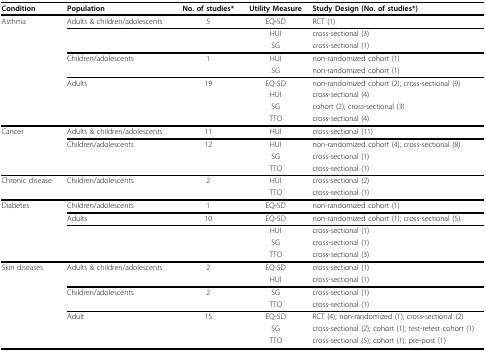
<table><thead><tr><td><b>Condition</b></td><td><b>Population</b></td><td><b>No. of studies*</b></td><td><b>Utility Measure</b></td><td><b>Study Design (No. of studies*)</b></td></tr></thead><tbody><tr><td>Asthma</td><td>Adults &amp; children/adolescents</td><td>5</td><td>EQ-5D</td><td>RCT (1)</td></tr><tr><td></td><td></td><td></td><td>HUI</td><td>cross-sectional (3)</td></tr><tr><td></td><td></td><td></td><td>SG</td><td>cross-sectional (1)</td></tr><tr><td></td><td>Children/adolescents</td><td>1</td><td>HUI</td><td>non-randomized cohort (1)</td></tr><tr><td></td><td></td><td></td><td>SG</td><td>non-randomized cohort (1)</td></tr><tr><td></td><td>Adults</td><td>19</td><td>EQ-5D</td><td>non-randomized cohort (2); cross-sectional (9)</td></tr><tr><td></td><td></td><td></td><td>HUI</td><td>cross-sectional (4)</td></tr><tr><td></td><td></td><td></td><td>SG</td><td>cohort (2); cross-sectional (3)</td></tr><tr><td></td><td></td><td></td><td>TTO</td><td>cross-sectional (4)</td></tr><tr><td>Cancer</td><td>Adults &amp; children/adolescents</td><td>11</td><td>HUI</td><td>cross-sectional (11)</td></tr><tr><td></td><td>Children/adolescents</td><td>12</td><td>HUI</td><td>non-randomized cohort (4); cross-sectional (8)</td></tr><tr><td></td><td></td><td></td><td>SG</td><td>cross-sectional (1)</td></tr><tr><td></td><td></td><td></td><td>TTO</td><td>cross-sectional (1)</td></tr><tr><td>Chronic disease</td><td>Children/adolescents</td><td>2</td><td>HUI</td><td>cross-sectional (2)</td></tr><tr><td></td><td></td><td></td><td>TTO</td><td>cross-sectional (1)</td></tr><tr><td>Diabetes</td><td>Children/adolescents</td><td>1</td><td>EQ-5D</td><td>non-randomized cohort (1)</td></tr><tr><td></td><td>Adults</td><td>10</td><td>EQ-5D</td><td>non-randomized cohort (1); cross-sectional (5)</td></tr><tr><td></td><td></td><td></td><td>HUI</td><td>cross-sectional (1)</td></tr><tr><td></td><td></td><td></td><td>SG</td><td>cross-sectional (1)</td></tr><tr><td></td><td></td><td></td><td>TTO</td><td>cross-sectional (3)</td></tr><tr><td>Skin diseases</td><td>Adults &amp; children/adolescents</td><td>2</td><td>EQ-5D</td><td>cross-sectional (1)</td></tr><tr><td></td><td></td><td></td><td>HUI</td><td>cross-sectional (1)</td></tr><tr><td></td><td>Children/adolescents</td><td>2</td><td>SG</td><td>cross-sectional (1)</td></tr><tr><td></td><td></td><td></td><td>TTO</td><td>cross-sectional (1)</td></tr><tr><td></td><td>Adult</td><td>15</td><td>EQ-5D</td><td>RCT (4); non-randomized (1); cross-sectional (2)</td></tr><tr><td></td><td></td><td></td><td>SG</td><td>cross-sectional (2); cohort (1); test-retest cohort (1)</td></tr><tr><td></td><td></td><td></td><td>TTO</td><td>cross-sectional (5); cohort (1); pre-post (1)</td></tr></tbody></table>